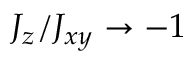
J _ { z } / J _ { x y } \rightarrow - 1